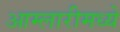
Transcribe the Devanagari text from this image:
आम्लारीमध्ये